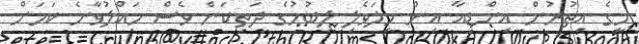
މީގެ އިތުރުން އިންޑިއާ އިން ހިލަވެލި ލިބުމުގެ ދަތިކަން ވެސް ހައްލުވާނެ ކަމަށް